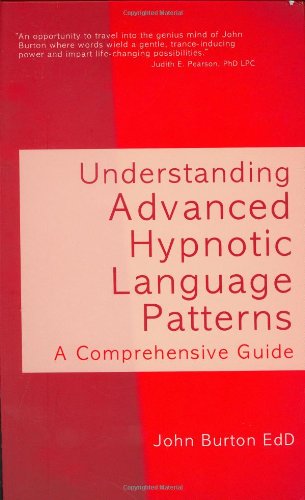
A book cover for Understanding Advanced Hypnotic Language Patterns: A Comprehensive Guide; John Burton; Health, Fitness & Dieting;